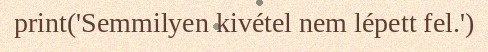
print('Semmilyen kivétel nem lépett fel.')